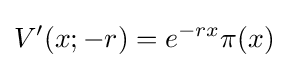
V'(x;-r)=e^{-rx}\pi (x)